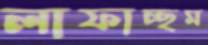
লাফাচ্ছম